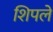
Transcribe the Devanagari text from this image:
शिपले